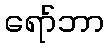
ရော်ဘာ